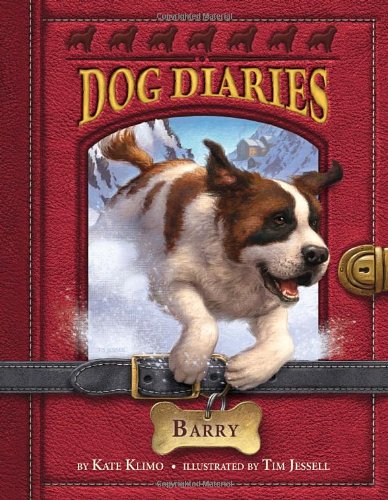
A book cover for Dog Diaries #3: Barry; Kate Klimo; Children's Books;